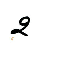
2